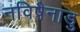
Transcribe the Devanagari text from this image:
नविषैनाडु